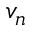
v _ { n }